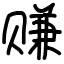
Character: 赚